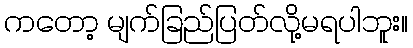
ကတော့ မျက်ခြည်ပြတ်လို့မရပါဘူး။